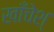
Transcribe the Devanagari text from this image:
खाँचेश्